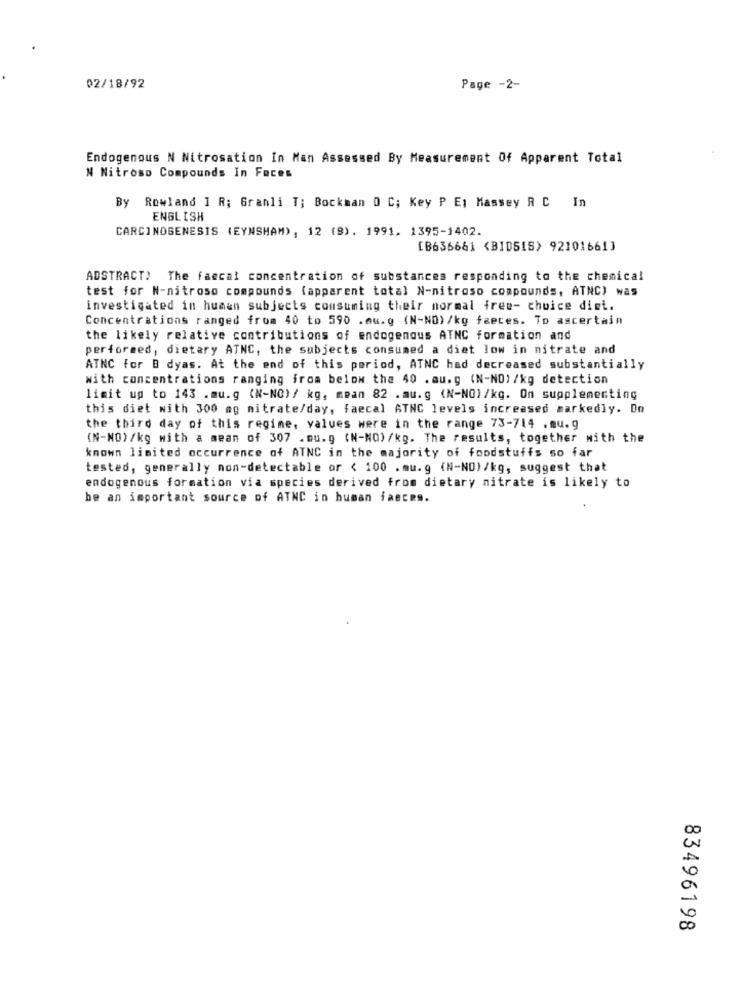
02/18/92
Page -2-
Endogenous N Nitrosation In Man Assessed By Measurement Of Apparent Total
N Nitroso Compounds In Faces
By Rowland I R; Granli T; Bockman 0 C; Key P E; Massey R C In
ENGLISH
CARCINOGENESIS (EYNSHAM), 12 (8). 1991. 1395-1402.
[B636661 <BIDSIS> 921016613
ADSTRACT) The faecal concentration of substances responding to the chemical
test for N-nitroso compounds (apparent total N-nitroso compounds, ATNC) was
investigated in human subjects consuming their normal free- choice diet.
Concentrations ranged from 40 to 590 .mu.g (N-NO)/kg faeces. To ascertain
the likely relative contributions of endogenous ATNC formation and
performed, dietary ATNC, the subjects consumed a diet low in nitrate and
ATNC for B dyas. At the end of this period, ATNC had decreased substantially
with concentrations ranging from below the 40 .au.g (N-NO) /kg detection
limit up to 143 .mu.g (N-NO)/ kg, mean 82 . mu.g (N-NO)/kg. On supplementing
this diet with 300 mg nitrate/day, faecal ATNC levels increased markedly. On
the third day of this regime, values were in the range 73-714 .mu.g
(N-NO) /kg with a mean of 307 . ou.g (N-NO) /kg. The results, together with the
known limited occurrence of ATNC in the majority of foodstuffs so far
tested, generally non-detectable or < 100 . mu.g (N-NO)/kg, suggest that
endogenous formation via species derived from dietary nitrate is likely to
be an important source of ATNC in human faeces.
00
0
83496198